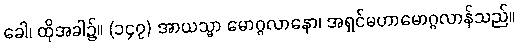
ခေါ၊ ထိုအခါ၌။ (၁၄၇) အာယသ္မာ မောဂ္ဂလာနော၊ အရှင်မဟာမောဂ္ဂလာန်သည်။